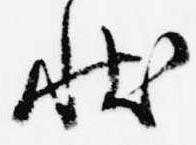
状